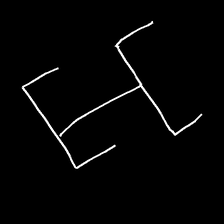
Glyph: entwine